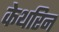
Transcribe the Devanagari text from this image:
केथरिन